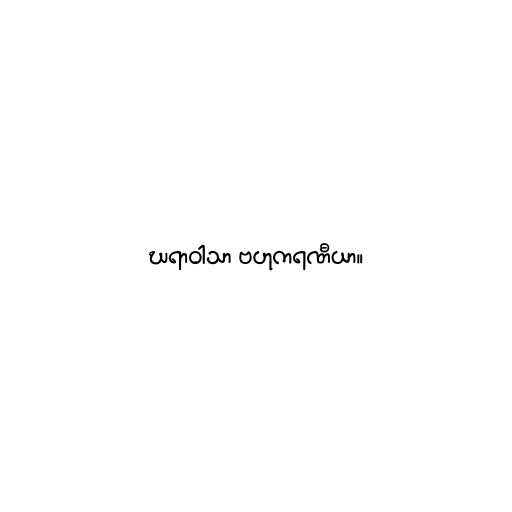
ဃရာဝါသာ ဗဟုကရဏီယာ။